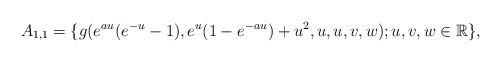
LaTeX: \begin{align*} A_{1,1}=\{g(e^{au}(e^{-u}-1),e^{u}(1-e^{-au})+u^{2},u,u,v,w); u, v, w \in \mathbb R\}, \end{align*}